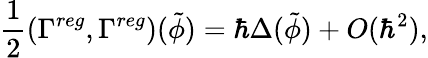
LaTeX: \frac 12(\Gamma^{reg},\Gamma^{reg})(\tilde{\phi})=\hbar\Delta(\tilde{\phi})+O(\hbar^{2}),